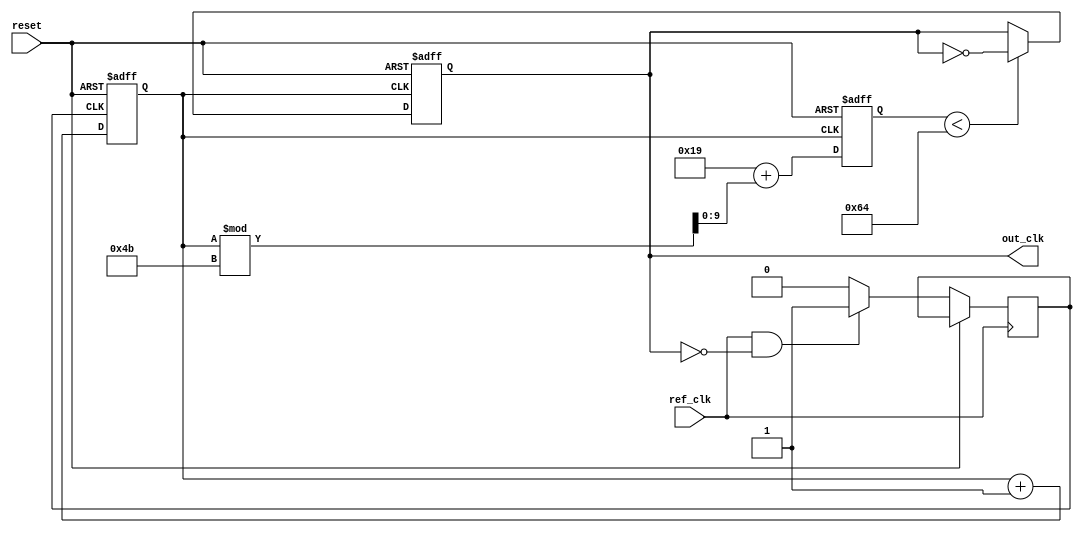
module high_performance_PLL (
    input wire ref_clk,        // Reference clock input
    input wire reset,         // Asynchronous reset
    output reg out_clk        // Output clock
);

    // Parameters
    parameter integer N = 4;  // Frequency division factor, adjust as needed
    parameter integer VCO_MAX_FREQ = 100; // Max VCO frequency in MHz
    parameter integer VCO_MIN_FREQ = 25;  // Min VCO frequency in MHz

    // Internal signals
    wire phase_err;            // Phase error signal from PD
    wire control_voltage;      // Control voltage to VCO
    reg [9:0] vco_frequency;   // VCO frequency counter
    reg [1:0] feedback_clk;    // Feedback counter for frequency divider

    // Phase Detector
    always @(posedge ref_clk or posedge reset) begin
        if (reset) begin
            feedback_clk <= 0;
        end else begin
            // Basic phase error detection logic (simplified)
            if (ref_clk && !out_clk) begin
                phase_err <= 1; // Phase error detected: rising edge of ref_clk with low out_clk
            end else begin
                phase_err <= 0; // No phase error
            end
        end
    end

    // Loop Filter
    always @(posedge phase_err or posedge reset) begin
        if (reset) begin
            control_voltage <= 0;
        end else begin
            // Simple integral control: increase/decrease control voltage
            if (phase_err) begin
                control_voltage <= control_voltage + 1; // Increase control voltage
            end else begin
                control_voltage <= control_voltage - 1; // Decrease control voltage
            end
        end
    end

    // Voltage-Controlled Oscillator (VCO)
    always @(posedge control_voltage or posedge reset) begin
        if (reset) begin
            out_clk <= 0;
            vco_frequency <= VCO_MIN_FREQ;
        end else begin
            // Adjust output clock frequency based on control voltage
            vco_frequency <= VCO_MIN_FREQ + (control_voltage % (VCO_MAX_FREQ - VCO_MIN_FREQ));
            out_clk <= (vco_frequency < VCO_MAX_FREQ) ? ~out_clk : out_clk; // Generate clock signal
        end
    end

    // Frequency Divider
    always @(posedge out_clk or posedge reset) begin
        if (reset) begin
            feedback_clk <= 0;
        end else begin
            feedback_clk <= feedback_clk + 1;
            if (feedback_clk >= N - 1) begin
                feedback_clk <= 0;
                // Feedback to phase detector here if needed
            end
        end
    end

endmodule